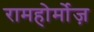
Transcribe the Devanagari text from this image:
रामहोर्मोज़